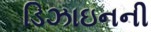
ડિઝાઇનની